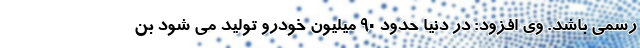
رسمی باشد. وی افزود: در دنیا حدود 90 میلیون خودرو تولید می شود بن